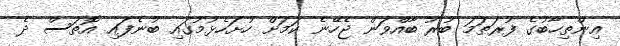
އިންތިހާބުގެ ފުރަތަމަ ބުރު ބާއްވަން ޖެހޭނެ ކަމަށް ހުށަހެޅުމުގައި ބުނެފައި އޮތަސް ދެ